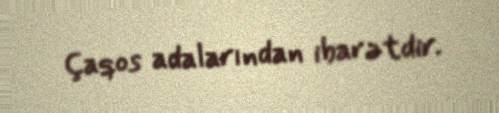
Çaqos adalarından ibarətdir.